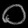
Digit: ၀